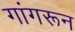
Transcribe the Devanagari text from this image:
गांगरून